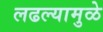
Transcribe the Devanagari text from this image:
लढल्यामुळे